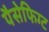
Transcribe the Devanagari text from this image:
पैसेफिग्ट